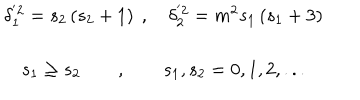
\begin{array} { c } { { \delta _ { 1 } ^ { ^ { \prime } 2 } = s _ { 2 } \left( s _ { 2 } + 1 \right) \ , \quad \delta _ { 2 } ^ { ^ { \prime } 2 } = m ^ { 2 } s _ { 1 } \left( s _ { 1 } + 3 \right) } } \\ { { s _ { 1 } \geq s _ { 2 } \qquad , \qquad s _ { 1 } , s _ { 2 } = 0 , 1 , 2 , . . . } } \\ \end{array}